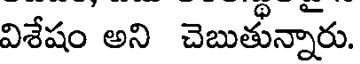
విశేషం అని చెబుతున్నారు.